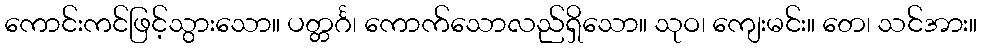
ကောင်းကင်ဖြင့်သွားသော။ ပတ္တင်္ဂ၊ ကောက်သောလည်ရှိသော။ သုဝ၊ ကျေးမင်း။ တေ၊ သင်အား။